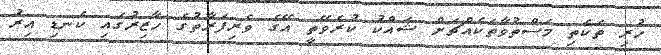
ހުރި ތަކެތި މަސްތުވާތަކެއްޗަށް ޝައްކު ކުރެވޭތީ އޭގެ ވެރިފަރާތުގެ ހާޒިރުގައި ކެނޑި އިރު